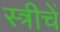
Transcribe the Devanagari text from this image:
स्त्रीचें